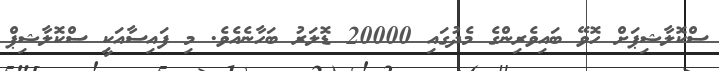
ސްކޮލާޝިޕަށް ހޮވޭ ބައިވެރިންގެ މެދުގައި 20000 ޑޮލަރު ބަހާނެއެވެ. މި ފައިސާއަކީ ސްކޮލާޝިޕް